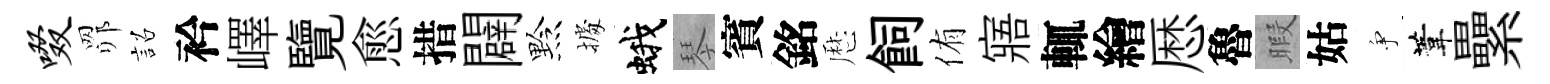
啜𦊑詔衿嶧覽愈措闢黔𢴃蛾琴賓銘厯飼侑寤輒繪厯魯暇姑争葦纍